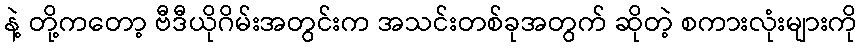
နဲ့ တို့ကတော့ ဗီဒီယိုဂိမ်းအတွင်းက အသင်းတစ်ခုအတွက် ဆိုတဲ့ စကားလုံးများကို